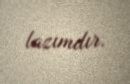
lazımdır.